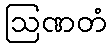
ဩဏတံ